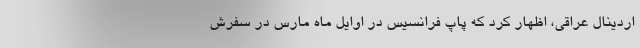
اردینال عراقی، اظهار کرد که پاپ فرانسیس در اوایل ماه مارس در سفرش